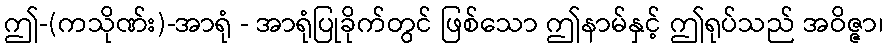
ဤ-(ကသိုဏ်း)-အာရုံ - အာရုံပြုခိုက်တွင် ဖြစ်သော ဤနာမ်နှင့် ဤရုပ်သည် အဝိဇ္ဇာ၊